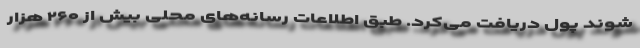
شوند پول دریافت می‌کرد. طبق اطلاعات رسانه‌های محلی بیش از ۲۶۰ هزار